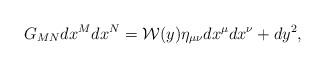
LaTeX: \begin{align*}G_{MN}dx^Mdx^N={\cal W}(y)\eta_{\mu\nu}dx^{\mu}dx^{\nu}+dy^2,\end{align*}